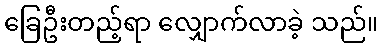
ခြေဦးတည့်ရာ လျှောက်လာခဲ့ သည်။